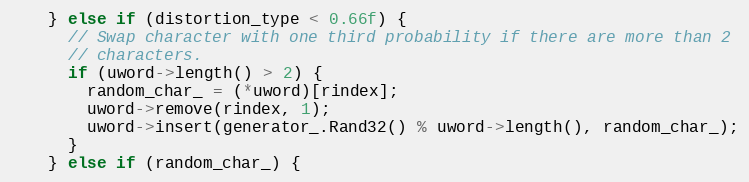
Language: C++
    } else if (distortion_type < 0.66f) {
      // Swap character with one third probability if there are more than 2
      // characters.
      if (uword->length() > 2) {
        random_char_ = (*uword)[rindex];
        uword->remove(rindex, 1);
        uword->insert(generator_.Rand32() % uword->length(), random_char_);
      }
    } else if (random_char_) {